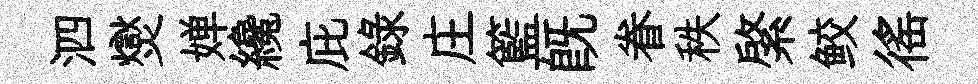
泗爕婵纔庇録庄籃旣眷秩綮鲛徭